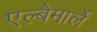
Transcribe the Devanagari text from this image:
एल्बेमार्ले